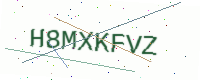
Text: H8MXKFVZ